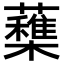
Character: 𣟶